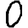
Digit: 0